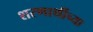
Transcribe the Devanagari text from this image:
शरणार्थीच्या